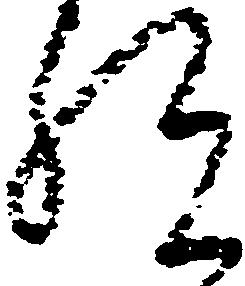
祝